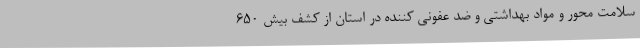
سلامت محور و مواد بهداشتی و ضد عفونی کننده در استان از کشف بیش 650